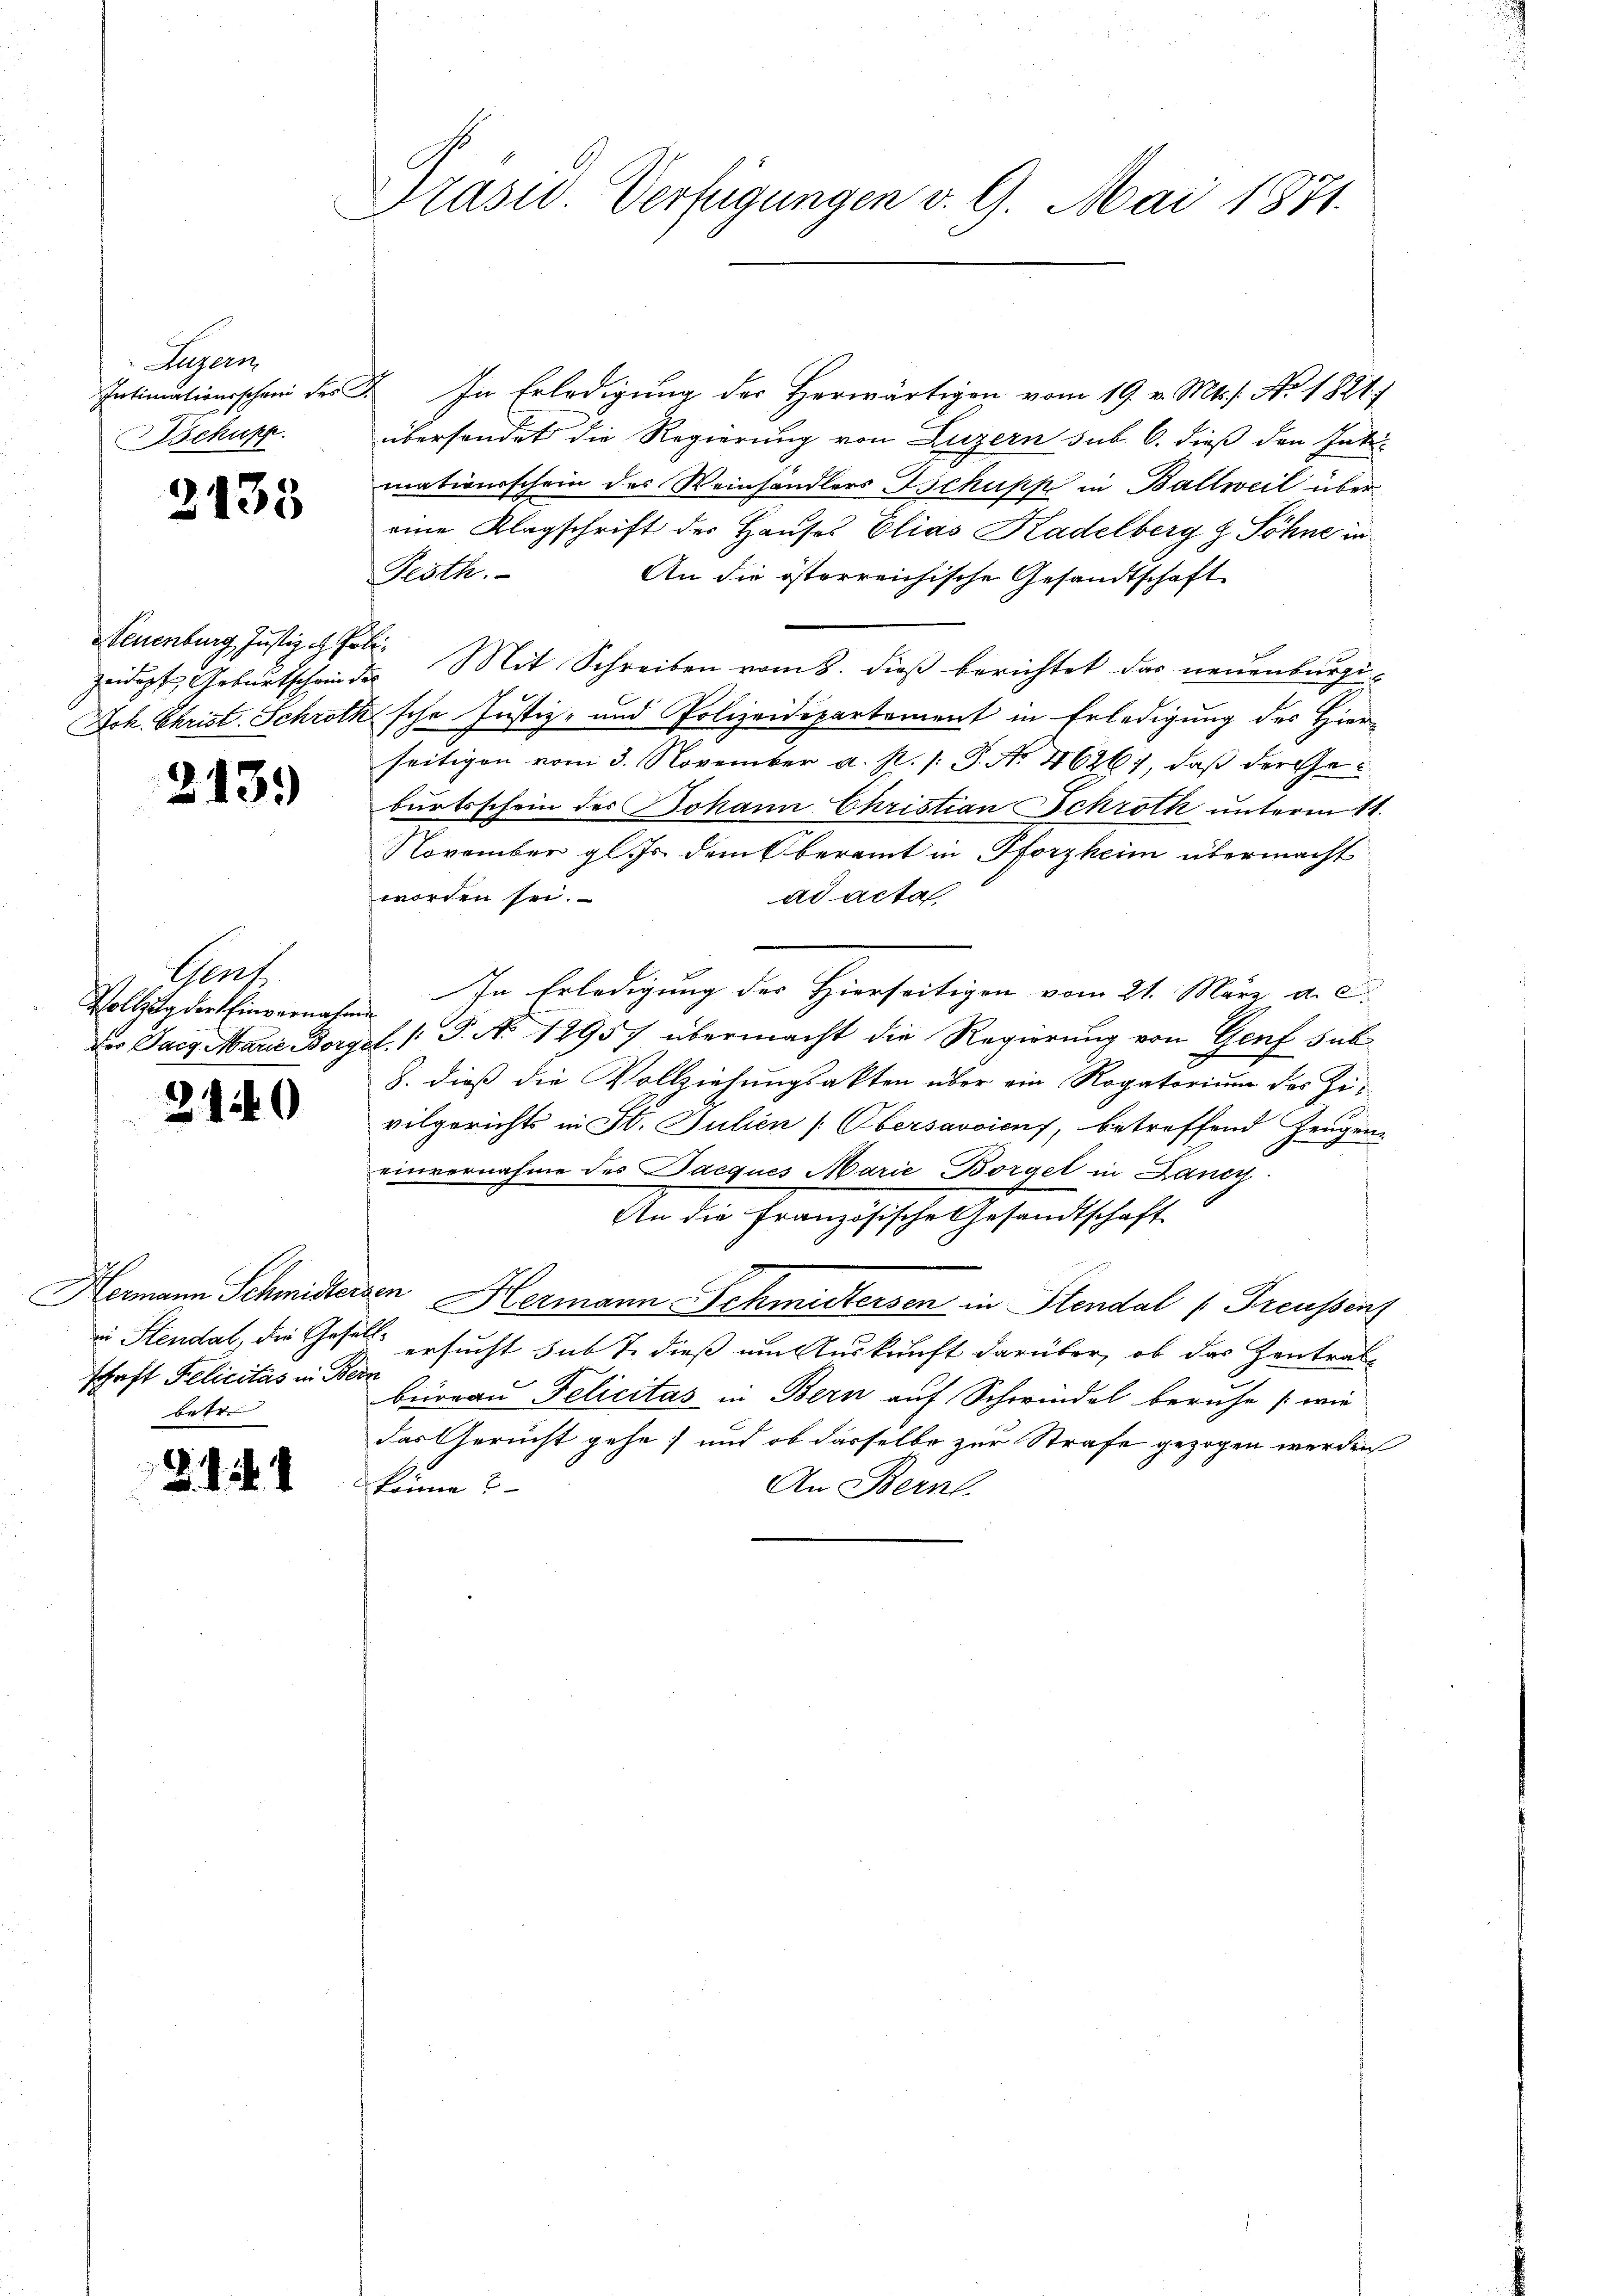
Augern
Bsckupp

2135

Zeidopf Geburtschein der

2139

Genf
Vollzug der Einvernahmen

2140

in Stendat, die Gefällschaft Pelicitas in Bern
betre

8.4.1

Praswo. Verfügungen v. 9. Mai 1871.

Intimationsschen des F. In Erledigung der Herwärtigen vom 19. v. Mts. s. No. 1824
übersendet die Regierung von Luzern sub 6. dieß den Inte-
mationsschein des Weinhändlers Tschupp in Ballweil über
eine Klagschrift der Hauses Elias Kadelberg & Söhne in
Pesth
An die österreichische Gesandtschaft
Neuenburg Justiz Mit Schreiben vom 8. dieβ berichtet das neuenburgi¬
Joh. Christ. Schrothsche Justiz- und Polizeidepartement in Erledigung des Hierseitigen vom 3. November a. p. /: P. Nr. 46261, daß der Geburtsschein des Johann Christian Schroth unterm 11.
November gl. Js. dem beramt in Pforzheim übermacht
worden sei.
ad acta
1
In Erledigung des Hierseitigen vom 21. März a. c.
der Sarg Marie Bergel (T. No 12957 übermacht die Regierung von Genf sub
8. dieß die Vollziehungsakten über ein Rogatorium des Zivilgerichts in St. Julien (Obersavoient, betreffend Zeugen
einvernahme des Dacques Marie Borgel in Dancy
An die Französische Gesandtschaft
Hermann Schmidterzen Hermann Schmittersen in Stendal Preussenz
ersucht sub 7. dieß um Auskunft darüber, ob das Zentrat
beioran Felicitas in Bern auf Schwindel beruhe (:wie
das Gericht gehe; und ob dasselbe zur Strafe gezogen werden
könne?
An Bernl